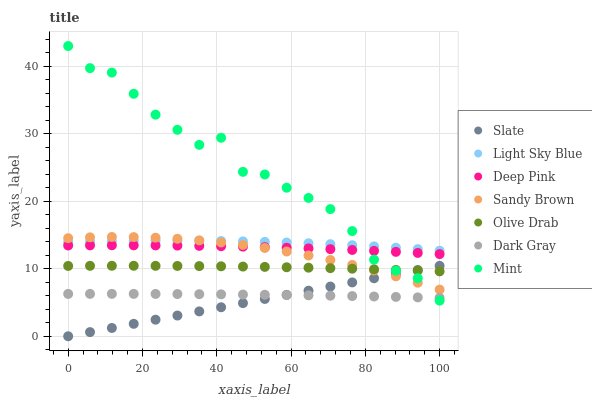
| xaxis_label | Slate | Light Sky Blue | Deep Pink | Sandy Brown | Olive Drab | Dark Gray | Mint |
 | --- | --- | --- | --- | --- | --- | --- | --- |
 | 0 | 0 | 13.9 | 13.4 | 14.5 | 10.4 | 6.27 | 43 |
 | 5.88 | 0.614 | 14 | 13.5 | 14.7 | 10.4 | 6.28 | 39.7 |
 | 11.8 | 1.23 | 14.1 | 13.5 | 14.7 | 10.4 | 6.28 | 39.1 |
 | 17.6 | 1.84 | 14.1 | 13.5 | 14.7 | 10.4 | 6.28 | 35.9 |
 | 23.5 | 2.45 | 14.1 | 13.5 | 14.6 | 10.4 | 6.27 | 32.8 |
 | 29.4 | 3.07 | 14.2 | 13.4 | 14.4 | 10.4 | 6.26 | 30.6 |
 | 35.3 | 3.68 | 14.1 | 13.4 | 14.2 | 10.4 | 6.24 | 28.4 |
 | 41.2 | 4.3 | 14.1 | 13.3 | 13.9 | 10.4 | 6.21 | 29.4 |
 | 47.1 | 4.91 | 14.1 | 13.3 | 13.5 | 10.3 | 6.18 | 24.4 |
 | 52.9 | 5.52 | 14 | 13.2 | 13.1 | 10.3 | 6.15 | 24 |
 | 58.8 | 6.14 | 13.9 | 13.1 | 12.6 | 10.2 | 6.11 | 22 |
 | 64.7 | 6.75 | 13.8 | 13 | 12 | 10.2 | 6.06 | 20.5 |
 | 70.6 | 7.36 | 13.6 | 12.9 | 11.3 | 10.1 | 6.01 | 18.8 |
 | 76.5 | 7.98 | 13.5 | 12.8 | 10.6 | 10 | 5.96 | 15.6 |
 | 82.4 | 8.59 | 13.3 | 12.6 | 9.76 | 9.92 | 5.89 | 11.3 |
 | 88.2 | 9.2 | 13.1 | 12.5 | 8.88 | 9.83 | 5.83 | 9.71 |
 | 94.1 | 9.82 | 12.9 | 12.3 | 7.93 | 9.72 | 5.76 | 8.61 |
 | 100 | 10.4 | 12.7 | 12.2 | 6.91 | 9.61 | 5.68 | 5.28 |